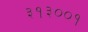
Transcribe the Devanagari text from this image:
३१३००१